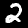
Label: 2